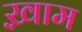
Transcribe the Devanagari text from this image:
ख़़ाम